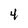
Character: 4